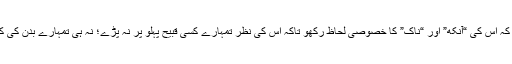
تیسرے اور چوتھے سلیقے یہ ہیں کہ اس کی “آنکھ” اور “ناک” کا خصوصی لحاظ رکھو تاکہ اس کی نظر تمہارے کسی قبیح پہلو پر نہ پڑے؛ نہ ہی تمہارے بدن کی کوئی ناگوار بو اس کو محسوس ہو۔